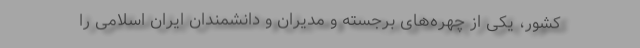
کشور، یکی از چهره‌های برجسته و مدیران و دانشمندان ایران اسلامی را